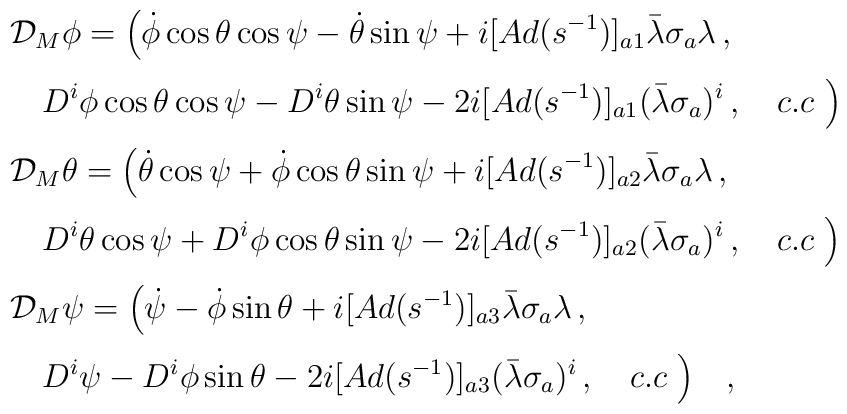
\begin{array}{l}\\[0.3cm]\displaystyle{\cal D}_M \phi=\Bigl(\dot\phi\cos\theta\cos\psi-\dot\theta\sin\psi+i[Ad(s^{-1})]_{a1}\bar\lambda\sigma_a\lambda  \, ,\\[0.3cm]\displaystyle \quad D^i\phi\cos\theta\cos\psi-D^i\theta\sin\psi-2i[Ad(s^{-1})]_{a1}(\bar\lambda\sigma_a)^i\, ,\quad c.c \ \Bigr)\\[0.3cm]\displaystyle{\cal D}_M \theta= \Bigl(\dot\theta\cos\psi+\dot\phi\cos\theta\sin\psi+i[Ad(s^{-1})]_{a2}\bar\lambda\sigma_a\lambda  \, ,\\[0.3cm]\displaystyle \quad D^i\theta\cos\psi+D^i\phi\cos\theta\sin\psi-2i[Ad(s^{-1})]_{a2}(\bar\lambda\sigma_a)^i\, ,\quad c.c \ \Bigr)\\[0.3cm]\displaystyle{\cal D}_M \psi= \Bigl(\dot\psi-\dot\phi\sin\theta+i[Ad(s^{-1})]_{a3}\bar\lambda\sigma_a\lambda  \, ,\\[0.3cm]\displaystyle \quad D^i\psi-D^i\phi\sin\theta-2i[Ad(s^{-1})]_{a3}(\bar\lambda\sigma_a)^i\, ,\quad c.c \ \Bigr) \quad,\end{array}